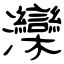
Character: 灤